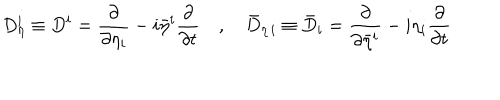
D _ { \eta } ^ { i } \equiv D ^ { i } = \frac { \partial } { \partial \eta _ { i } } - i \bar { \eta } ^ { i } \frac { \partial } { \partial t } \quad , \quad \bar { D } _ { \eta \, i } \equiv \bar { D } _ { i } = \frac { \partial } { \partial \bar { \eta } ^ { i } } - i \eta _ { i } \frac { \partial } { \partial t }